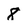
Character: 8